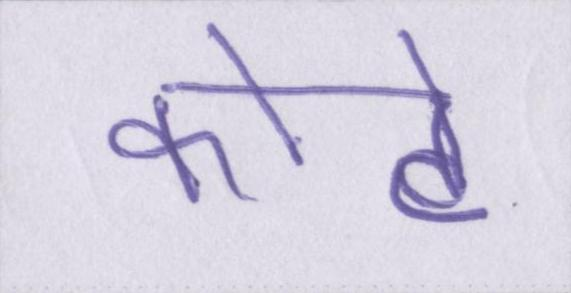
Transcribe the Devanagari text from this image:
कोटे